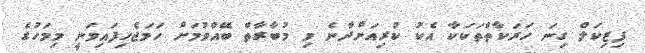
ފިޒިކަލް ގިނަ ހަރަކާތްތަކަކާ އެކު ކުރިއަށްދާނެ މި މުބާރާތް ބޭއްވުމަށް ހަމަޖެހިފައިވަނީ މިމަހުގެ